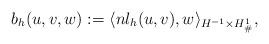
LaTeX: \begin{align*} b_h(u,v,w):=\langle nl_h(u,v), w\rangle_{H^{-1}\times H_{\#}^1}, \end{align*}